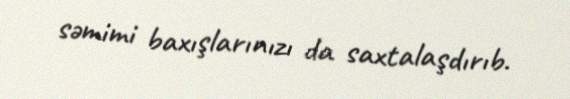
səmimi baxışlarınızı da saxtalaşdırıb.